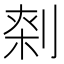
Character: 𠝱